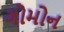
ગોમોન